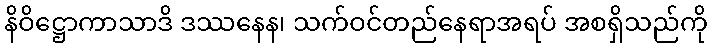
နိဝိဋ္ဌောကာသာဒိ ဒဿနေန၊ သက်ဝင်တည်နေရာအရပ် အစရှိသည်ကို